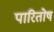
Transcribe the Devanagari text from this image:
पारितोष